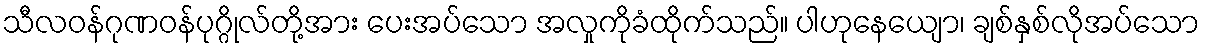
သီလဝန်ဂုဏဝန်ပုဂ္ဂိုလ်တို့အား ပေးအပ်သော အလှုကိုခံထိုက်သည်။ ပါဟုနေယျော၊ ချစ်နှစ်လိုအပ်သော